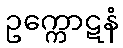
ဥက္ကောဋနံ